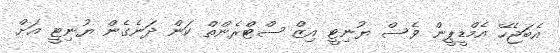
އެބަޖެހޭ އެމްޑީޕީން ވެސް ޔުނިޓީ އިޒް ސްޓްރެންތް ކަން ދަނެގެން ޔުނިޓީ އަށް